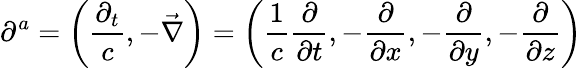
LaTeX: \partial^{a}=\left({\frac{\partial_{t}}{c}},-{\vec{\nabla}}\right)=\left({\frac{1}{c}}{\frac{\partial}{\partial t}},-{\frac{\partial}{\partial x}},-{\frac{\partial}{\partial y}},-{\frac{\partial}{\partial z}}\right)